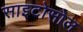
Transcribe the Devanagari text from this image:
साइटोसोल